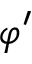
\varphi ^ { \prime }